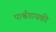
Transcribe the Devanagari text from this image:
पार्श्वगायकी